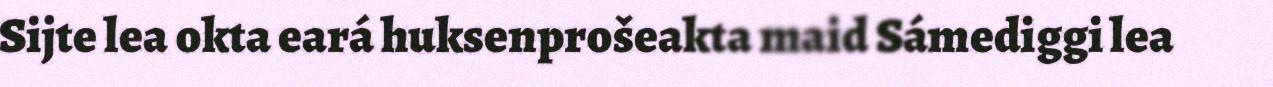
Sijte lea okta eará huksenprošeakta maid Sámediggi lea